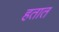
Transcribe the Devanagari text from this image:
हतात